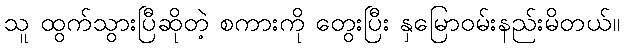
သူ ထွက်သွားပြီဆိုတဲ့ စကားကို တွေးပြီး နှမြောဝမ်းနည်းမိတယ်။